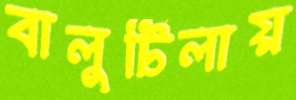
বালুটিলায়